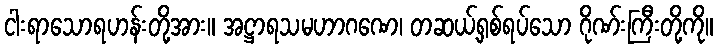
ငါးရာသောရဟန်းတို့အား။ အဋ္ဌာရသမဟာဂဏေ၊ တဆယ့်ရှစ်ရပ်သော ဂိုဏ်းကြီးတို့ကို။